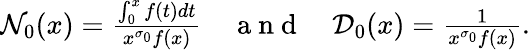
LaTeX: \begin{array}{r}{\mathcal{N}_{0}(x)=\frac{\int_{0}^{x}f(t)dt}{x^{\sigma_{0}}f(x)}\quad\mathrm{~a~n~d~}\quad\mathcal{D}_{0}(x)=\frac{1}{x^{\sigma_{0}}f(x)}.}\end{array}